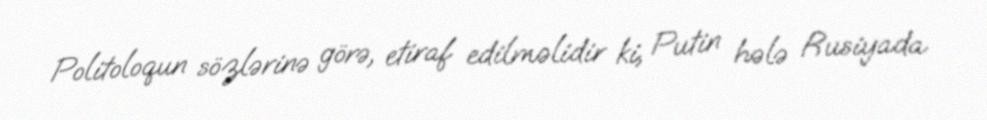
Politoloqun sözlərinə görə, etiraf edilməlidir ki, Putin hələ Rusiyada